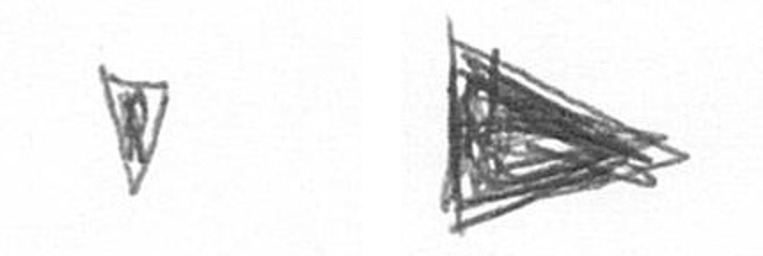
Z T